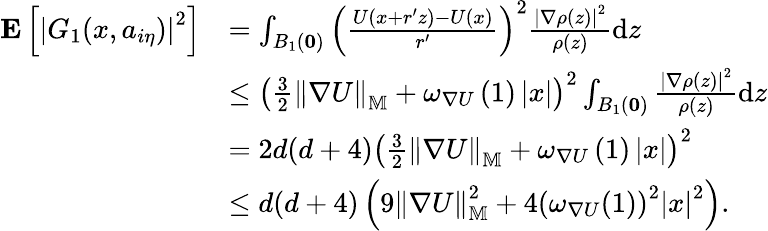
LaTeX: \begin{array}{rl}{\mathbf{E}\left[\left|G_{1}(x,a_{i\eta})\right|^{2}\right]}&{=\int_{B_{1}(\mathbf{0})}\left(\frac{U\left(x+r^{\prime}z\right)-U\left(x\right)}{r^{\prime}}\right)^{2}\frac{\left|\nabla\rho\left(z\right)\right|^{2}}{\rho\left(z\right)}\mathrm{d}z}\\ &{\le\left(\frac{3}{2}\left\| \nabla U\right\| _{\mathbb{M}}+\omega_{\nabla U}\left(1\right)\left|x\right|\right)^{2}\int_{B_{1}(\mathbf{0})}\frac{\left|\nabla\rho\left(z\right)\right|^{2}}{\rho\left(z\right)}\mathrm{d}z}\\ &{=2d(d+4)\left(\frac{3}{2}\left\| \nabla U\right\| _{\mathbb{M}}+\omega_{\nabla U}\left(1\right)\left|x\right|\right)^{2}}\\ &{\le d(d+4)\left(9\left\| \nabla U\right\| _{\mathbb{M}}^{2}+4\left(\omega_{\nabla U}(1)\right)^{2}\left|x\right|^{2}\right).}\end{array}